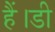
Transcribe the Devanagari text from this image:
हैं।डी